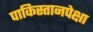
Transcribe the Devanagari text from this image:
पाकिस्तानपेक्षा